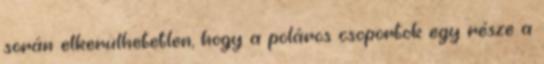
során elkerülhetetlen, hogy a poláros csoportok egy része a